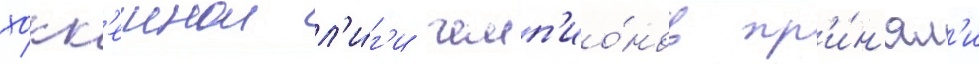
хокк'еинои л'и́г'и чемп'ио́нов пр'и́н'ял'и